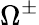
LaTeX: \Omega^{\pm}